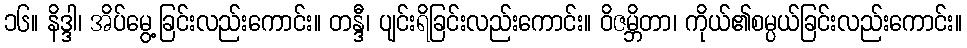
၁၆။ နိဒ္ဒါ၊ အိပ်မွေ့ခြင်းလည်းကောင်း။ တန္ဒီ၊ ပျင်းရိခြင်းလည်းကောင်း။ ဝိဇမ္ဘိတာ၊ ကိုယ်၏စမ္ပယ်ခြင်းလည်းကောင်း။